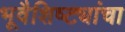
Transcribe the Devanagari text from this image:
भूवैशिष्ट्यांचा